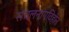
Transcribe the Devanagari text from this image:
संचलनांगविहीन